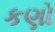
કણો